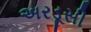
અરડૂસી